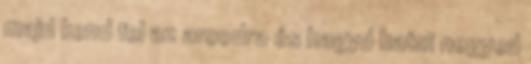
majd kend fel az arcodra és hagyd hatni negyed